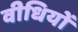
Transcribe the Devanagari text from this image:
वीधियों